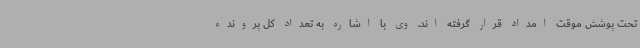
تحت پوشش موقت امداد قرار گرفته اند. وی با اشاره به تعداد کل پرونده